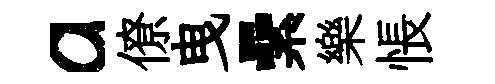
a僚曳纍樂悵